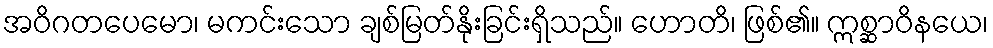
အဝိဂတပေမော၊ မကင်းသော ချစ်မြတ်နိုးခြင်းရှိသည်။ ဟောတိ၊ ဖြစ်၏။ ဣစ္ဆာဝိနယေ၊